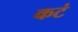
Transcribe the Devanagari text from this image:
कटं